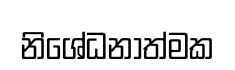
නිශේධනාත්මක